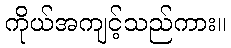
ကိုယ်အကျင့်သည်ကား။